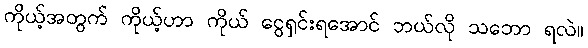
ကိုယ့်အတွက် ကိုယ့်ဟာ ကိုယ် ငွေရှင်းရအောင် ဘယ်လို သဘော ရလဲ။